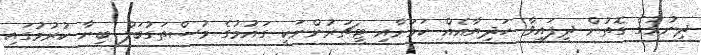
ދިނުމުގެ ގޮތުން ދީފައިވާ ހަދިޔާއެއް ކަމަށާއި ޓީޗަރުންނަކީ ގައުމުގެ މުސްތަގުބަލް ބިނާ ކުރުމުގައި